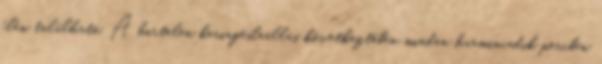
élén található. A hirtelen keringésleállás következtében minden harmincadik percben